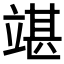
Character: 𥪘